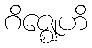
ဂိဇ္ဈေဟိ